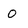
Character: 0